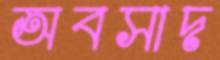
অবসাদ